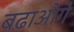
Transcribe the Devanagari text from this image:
बढ़ाओगे